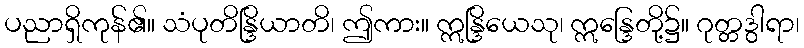
ပညာရှိကုန်၏။ သံပုတိန္ဒြိယာတိ၊ ဤကား။ ဣန္ဒြိယေသု၊ ဣန္ဒြေတို့၌။ ဂုတ္တဒွါရာ၊